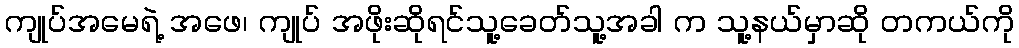
ကျုပ်အမေရဲ့ အဖေ၊ ကျုပ် အဖိုးဆိုရင်သူ့ခေတ်သူ့အခါ က သူ့နယ်မှာဆို တကယ်ကို